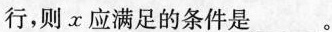
行，则x应满足的条件是___。